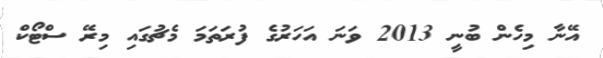
އޭނާ މިހެން ބުނީ 2013 ވަނަ އަހަރުގެ ފުރަތަމަ މެޗުގައި މިރޭ ސްޓޯކް